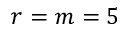
r = m = 5